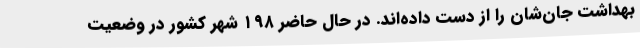
بهداشت جان‌شان را از دست داده‌اند. در حال حاضر ۱۹۸ شهر کشور در وضعیت